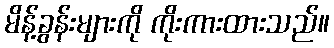
မိန့်ခွန်းများကို ကိုးကားထားသည်။